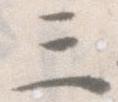
三